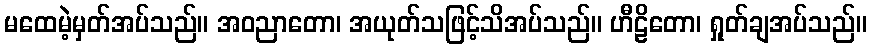
မထေမဲ့မှတ်အပ်သည်။ အဝညာတော၊ အယုတ်သဖြင့်သိအပ်သည်။ ဟီဠိတော၊ ရှုတ်ချအပ်သည်။